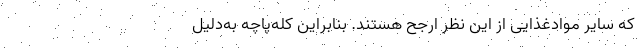
که سایر موادغذایی از این نظر ارجح‌ هستند. بنابراین کله‌پاچه به‌دلیل